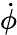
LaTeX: \dot{\phi}